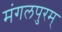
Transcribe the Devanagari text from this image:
मंगलपुरम्